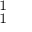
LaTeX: \mathbf { \Sigma } _ { 1 } ^ { 1 }